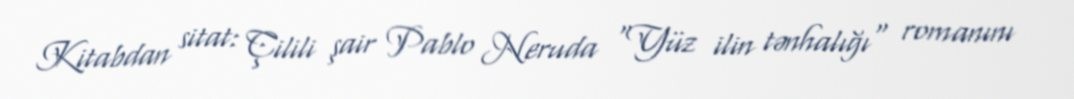
Kitabdan sitat: Çilili şair Pablo Neruda "Yüz ilin tənhalığı" romanını